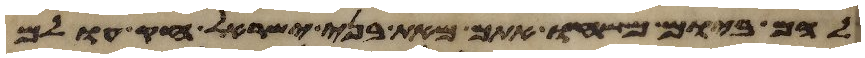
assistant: להם ביום משחו אתם מאת בני ישראל חק עולם